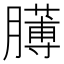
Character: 𦡰